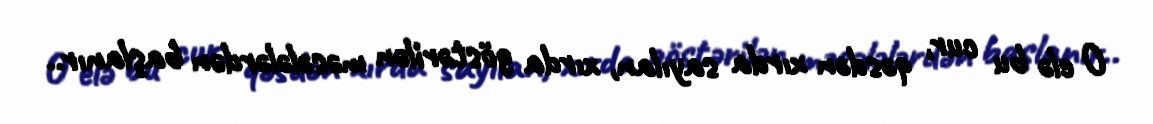
O elə bu cur, qəsdən xırda sayılan, xırda göstərilən məsələlərdən başlanır..